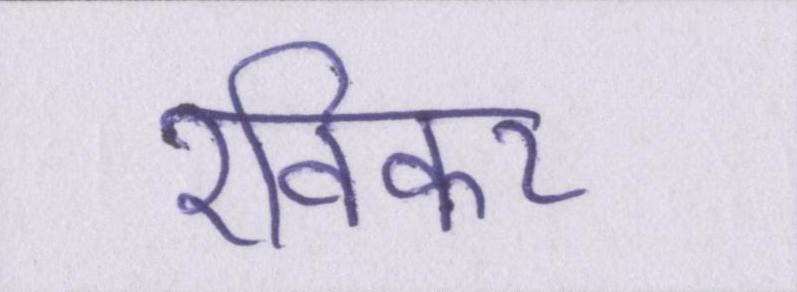
रविकर